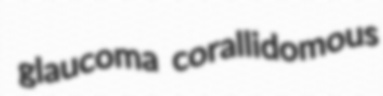
glaucoma corallidomous